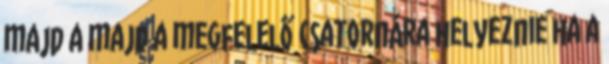
majd a majd a megfelelő csatornára helyeznie ha a